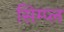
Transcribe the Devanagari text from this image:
सिम्प्ल